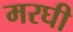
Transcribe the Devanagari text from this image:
मरघी